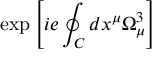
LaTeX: \exp \left[ i e \oint _ { C } d x ^ { \mu } \Omega _ { \mu } ^ { 3 } \right]